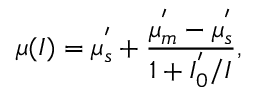
\mu ( I ) = \mu _ { s } ^ { ' } + \frac { \mu _ { m } ^ { ' } - \mu _ { s } ^ { ' } } { 1 + I _ { 0 } ^ { ' } / I } ,